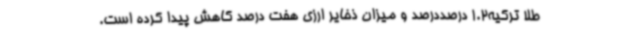
طلا ترکیه1.2 درصددرصد و میزان ذخایر ارزی هفت درصد کاهش پیدا کرده است.